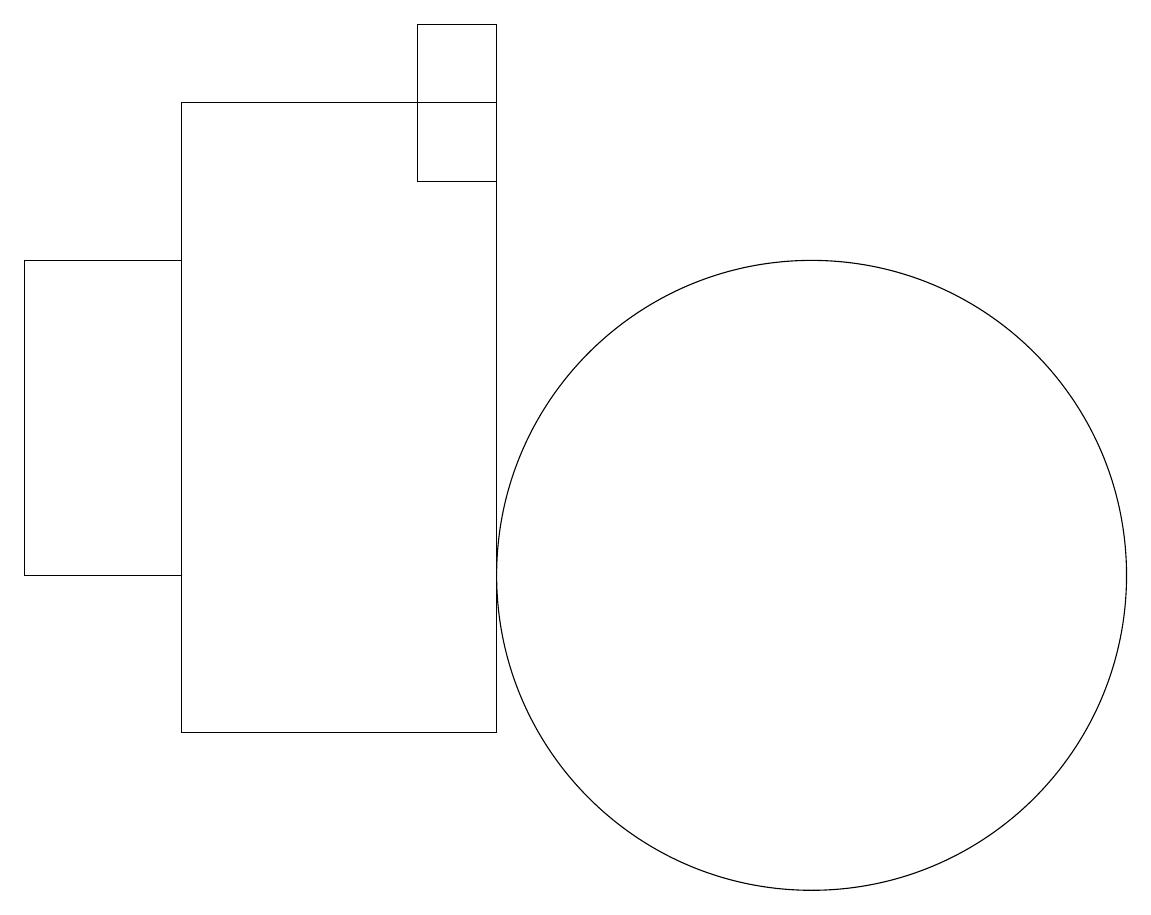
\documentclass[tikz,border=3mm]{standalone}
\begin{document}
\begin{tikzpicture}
\draw (2,18) rectangle (6,10);
\draw (10,12) circle (4);
\draw (6,19) rectangle (5,17);
\draw (0,12) rectangle (2,16);
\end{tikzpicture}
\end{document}